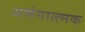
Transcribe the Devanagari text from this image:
अभंगात्त्मक